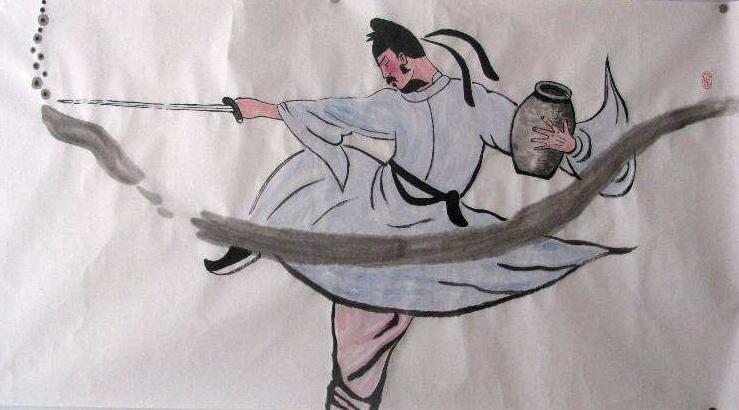
笑尽一杯酒，杀人都市中。